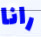
رانا